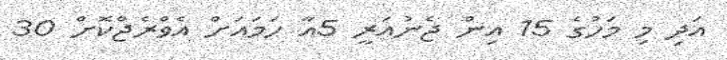
އަދި މި މަހުގެ 15 އިން ޖެނުއަރީ 5އާ ހަމައަށް އެވްރެޖްކޮށް 30